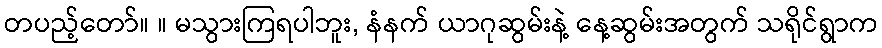
တပည့်တော်။ ။ မသွားကြရပါဘူး, နံနက် ယာဂုဆွမ်းနဲ့ နေ့ဆွမ်းအတွက် သရိုင်ရွာက